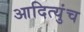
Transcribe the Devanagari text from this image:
आदित्युंच